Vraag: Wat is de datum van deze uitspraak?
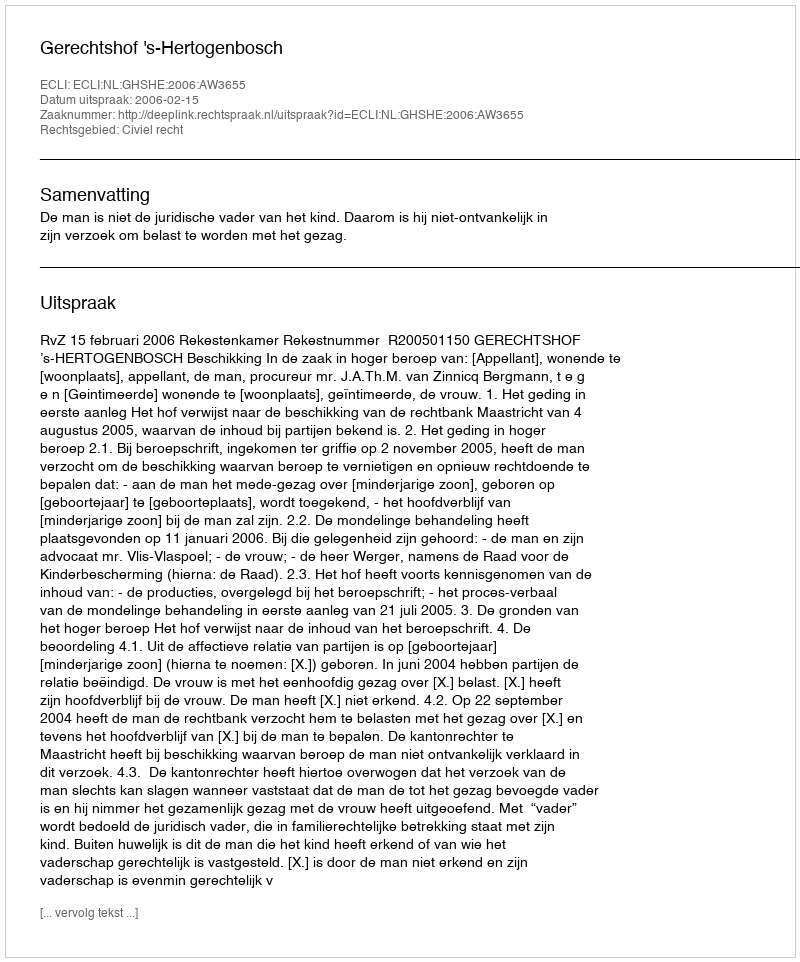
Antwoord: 2006-02-15